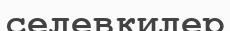
селевкилер